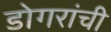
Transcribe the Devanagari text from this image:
डोगरांची